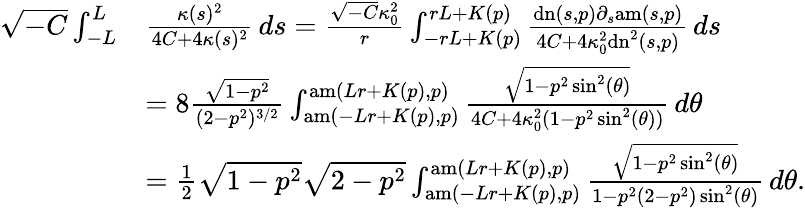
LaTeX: \begin{array}{rl}{\sqrt{-C}\int_{-L}^{L}}&{\frac{\kappa(s)^{2}}{4C+4\kappa(s)^{2}}\, ds=\frac{\sqrt{-C}\kappa_{0}^{2}}{r}\int_{-rL+K(p)}^{rL+K(p)}\frac{\mathrm{dn}(s,p)\partial_{s}\mathrm{am}(s,p)}{4C+4\kappa_{0}^{2}\mathrm{dn}^{2}(s,p)}\, ds}\\ &{=8\frac{\sqrt{1-p^{2}}}{(2-p^{2})^{3/2}}\int_{\mathrm{am}(-Lr+K(p),p)}^{\mathrm{am}(Lr+K(p),p)}\frac{\sqrt{1-p^{2}\sin^{2}(\theta)}}{4C+4\kappa_{0}^{2}(1-p^{2}\sin^{2}(\theta))}\, d\theta}\\ &{=\frac{1}{2}\sqrt{1-p^{2}}\sqrt{2-p^{2}}\int_{\mathrm{am}(-Lr+K(p),p)}^{\mathrm{am}(Lr+K(p),p)}\frac{\sqrt{1-p^{2}\sin^{2}(\theta)}}{1-p^{2}(2-p^{2})\sin^{2}(\theta)}\, d\theta.}\end{array}